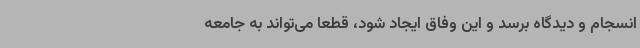
انسجام و دیدگاه برسد و این وفاق ایجاد شود، قطعا می‌تواند به جامعه